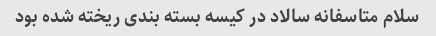
سلام متاسفانه سالاد در کیسه بسته بندی ریخته شده بود